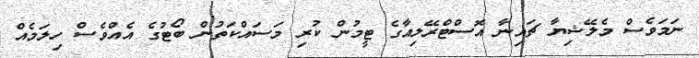
ނަމަވެސް މެލޭޝިޔާ ޗައިނާ އޮސްޓްރޭލިއާގެ ޓީމުން ކުރި މަސައްކަތުން ބޯޓުގެ އެއްވެސް ހިލަމެއް